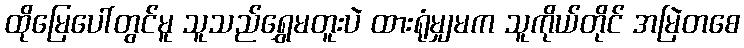
ထိုမြေပေါ်တွင်မူ သူသည်ရွှေမတူးပဲ ထားရုံမျှမက သူကိုယ်တိုင် အမြဲတစေ